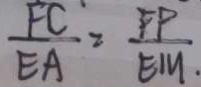
\frac { F C } { E A } = \frac { F P } { E M } _ { \cdot }